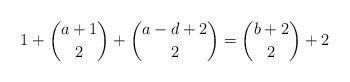
LaTeX: \begin{align*}1 + \binom{a+1}{2} +\binom{a-d+2}{2} = \binom{b+2}{2} +2\end{align*}